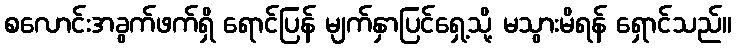
စလောင်းအခွက်ဖက်ရှိ ရောင်ပြန် မျက်နှာပြင်ရှေ့သို့ မသွားမိရန် ရှောင်သည်။